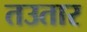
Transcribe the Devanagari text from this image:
तउतार